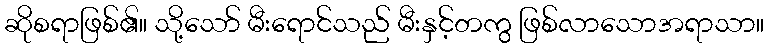
ဆိုစရာဖြစ်၏။ သို့သော် မီးရောင်သည် မီးနှင့်တကွ ဖြစ်လာသောအရာသာ။